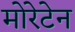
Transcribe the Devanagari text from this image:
मोरेटेन